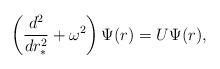
LaTeX: \begin{align*}\left(\frac{d^{2}}{dr_{\ast}^{2}} + \omega^{2}\right) \Psi(r) = U\Psi(r),\end{align*}